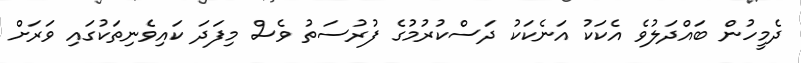
ދެމީހުން ބައްދަލުވެ އެކަކު އަނެކަކު ދަސްކުރުމުގެ ފުރުސަތު ވެސް މިފަދަ ކައިވެނިތަކުގައި ވަރަށް